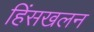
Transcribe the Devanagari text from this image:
हिंसखलन